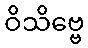
ဝိသိဗ္ဗေ